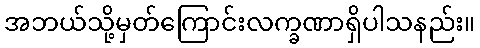
အဘယ်သို့မှတ်ကြောင်းလက္ခဏာရှိပါသနည်း။